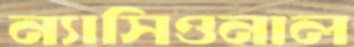
ন্যাসিওনাল